Document type: Dowry acquittance
Year: 1427
Scribe: Pere Tarafa
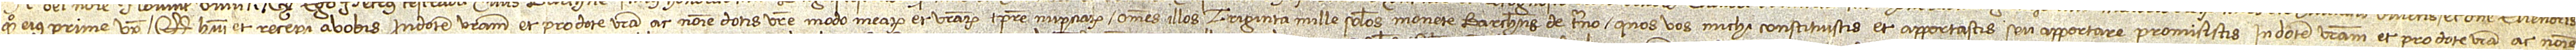
quondam, eius prime uxoris, quod habui et recepi a vobis in dotem vestram et pro dote vestra ac nomine dotis vestre modo mearum et vestrarum tempore nupciarum omnes illos triginta mille solidos monete barchinonense de terno quos vos michi constituistis et apportastis seu apportare promisistis in dotem vestram et pro dote vestra ac nomine